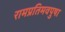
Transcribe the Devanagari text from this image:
रामप्रतिमवपुषा